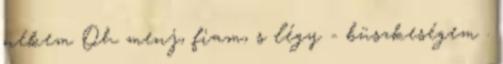
nékem Oh menj, fiam, s légy - büszkeségem .